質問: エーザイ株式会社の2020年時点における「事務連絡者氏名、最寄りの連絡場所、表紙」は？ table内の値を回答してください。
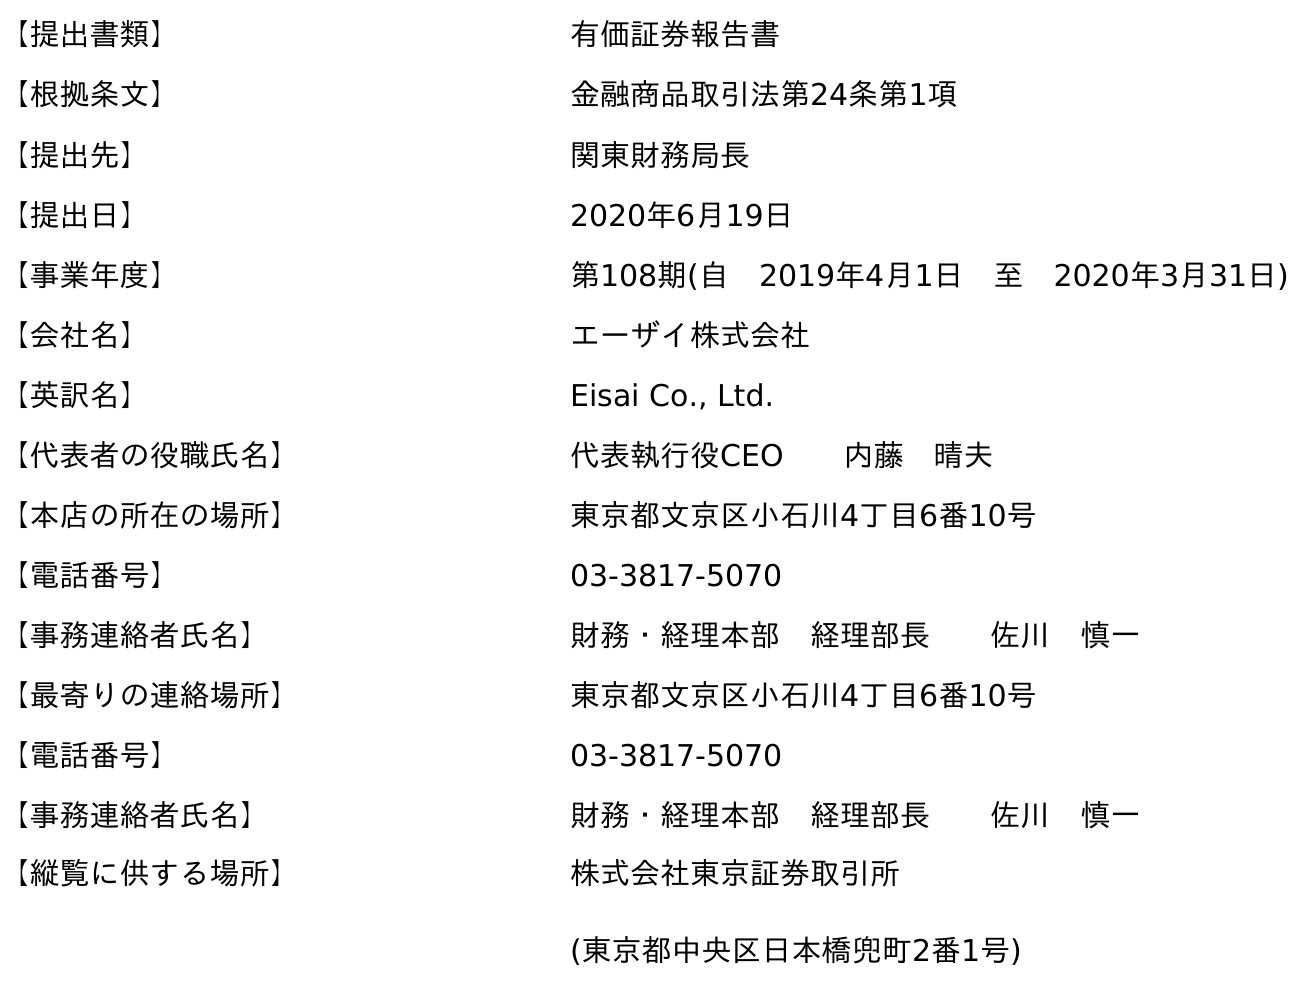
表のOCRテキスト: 【提出書類】 有価証券報告書 【根拠条文】 金融商品取引法第24条第1項 【提出先】 関東財務局長 【提出日】 2020年6月19日 【事業年度】 第108期(自 2019年4月1日 至 2020年3月31日) 【会社名】 エーザイ株式会社 【英訳名】 Eisai Co., Ltd. 【代表者の役職氏名】 代表執行役CEO  内藤 晴夫 【本店の所在の場所】 東京都文京区小石川4丁目6番10号 【電話番号】 03-3817-5070 【事務連絡者氏名】 財務・経理本部 経理部長  佐川 慎一 【最寄りの連絡場所】 東京都文京区小石川4丁目6番10号 【電話番号】 03-3817-5070 【事務連絡者氏名】 財務・経理本部 経理部長  佐川 慎一 【縦覧に供する場所】 株式会社東京証券取引所 (東京都中央区日本橋兜町2番1号)
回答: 財務・経理本部　経理部長佐川　慎一